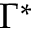
\Gamma ^ { * }